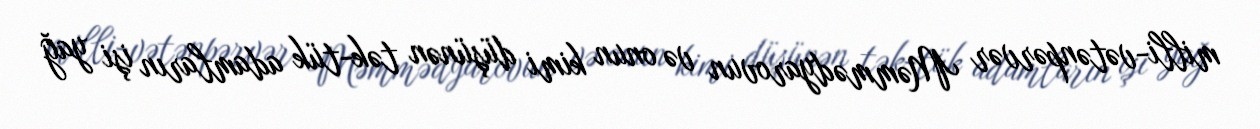
milli-vətənpərvər Məmmədyarovun və onun kimi düşünən tək-tük adamların işi yağ